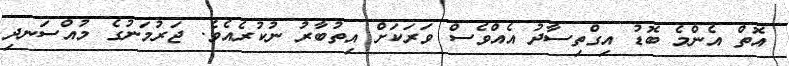
އޮތް އެންމެ ބޮޑު އިގްތިސާދު އެެއްވެސް ވަރަކަށް އިތުބާރު ނުކުރެެއެވެ. ޖަރުމަނުގެ މުއްސަނދި